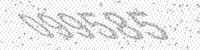
Solution: 099585